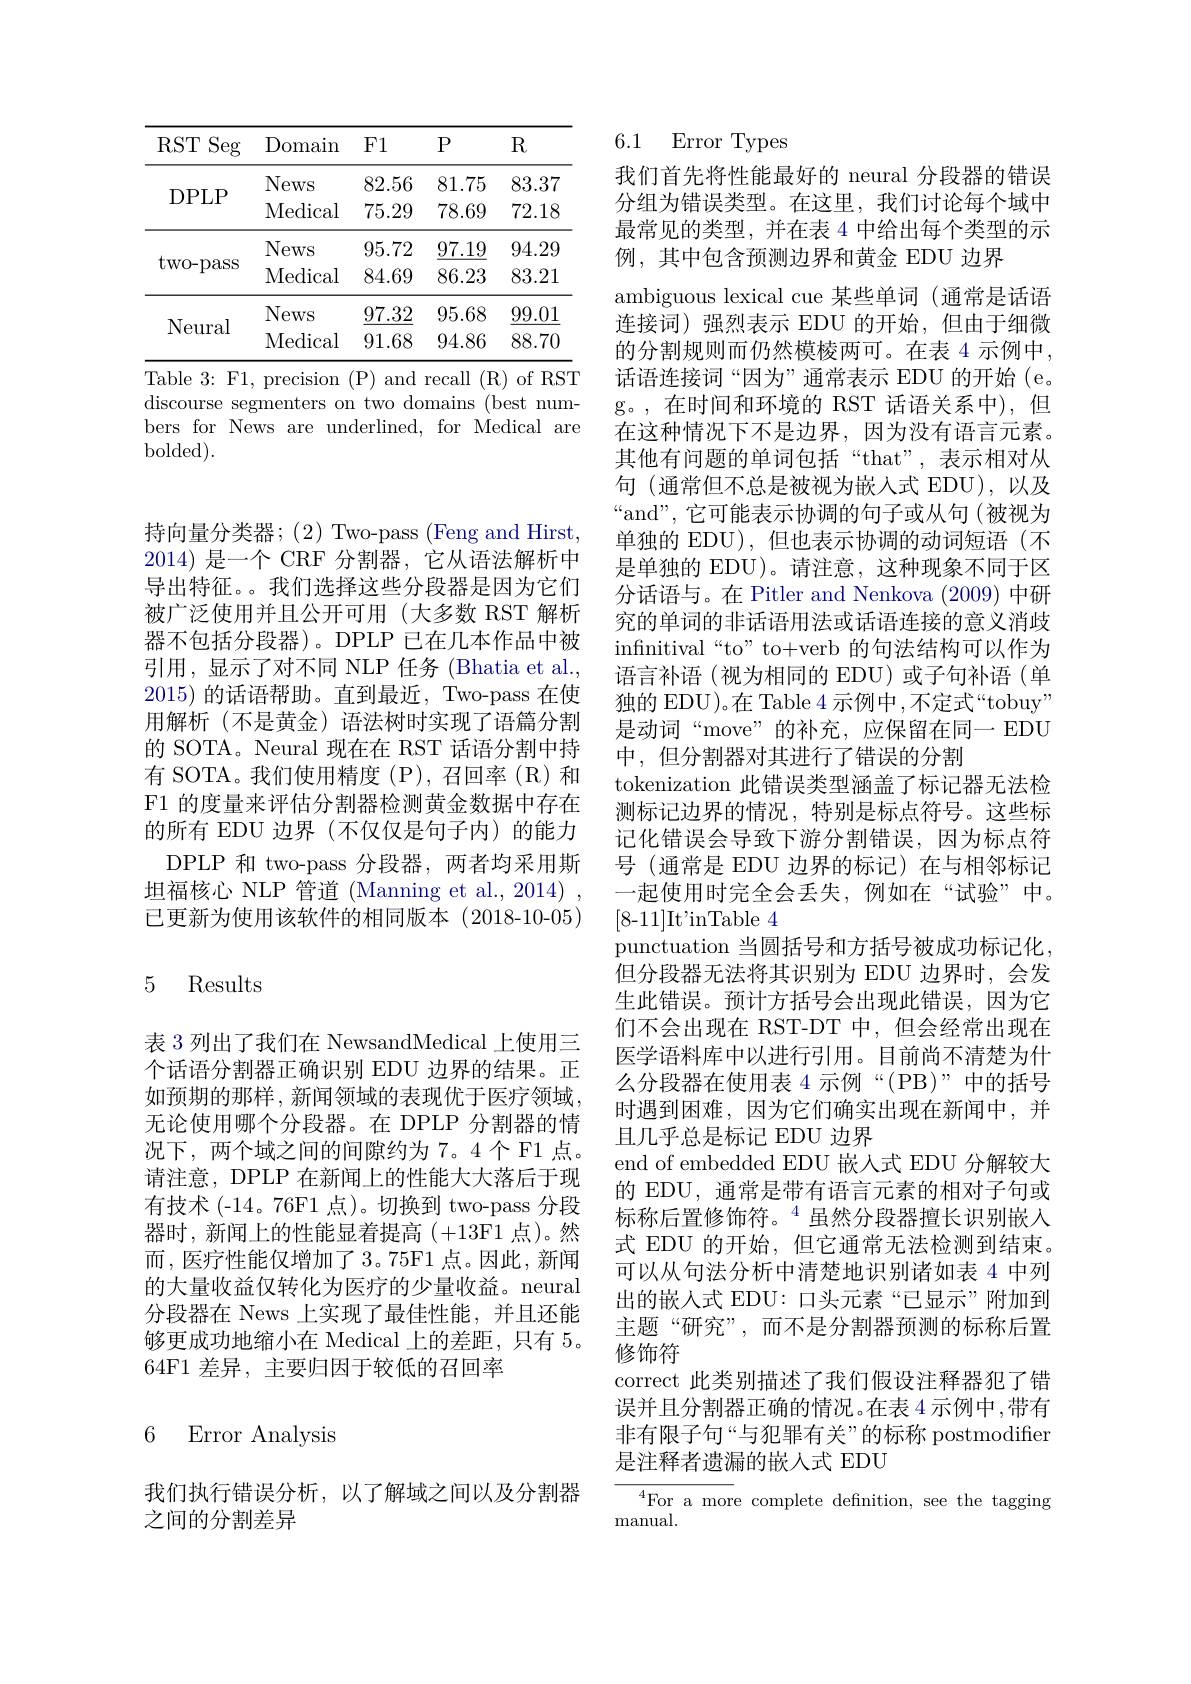
<table>
	<tbody>
		<tr>
			<th>RST Seg</th>
			<th>Domain</th>
			<th>$F1$</th>
			<th>$P$</th>
			<th>R</th>
		</tr>
		<tr>
			<td rowspan="2">DPLP</td>
			<td>News</td>
			<td>82.56</td>
			<td>81.75</td>
			<td>83.37</td>
		</tr>
		<tr>
			<td>Medical</td>
			<td>75.29</td>
			<td>78.69</td>
			<td>72.18</td>
		</tr>
		<tr>
			<td rowspan="2">two- pass</td>
			<td>News</td>
			<td>95.72</td>
			<td>$\underline{97.19}$</td>
			<td>94.29</td>
		</tr>
		<tr>
			<td>Medical</td>
			<td>84.69</td>
			<td>86.23</td>
			<td>83.21</td>
		</tr>
		<tr>
			<td rowspan="2">Neural</td>
			<td>News</td>
			<td>97.32</td>
			<td>95.68</td>
			<td>99.01</td>
		</tr>
		<tr>
			<td>Medical</td>
			<td>91.68</td>
			<td>94.86</td>
			<td>88.70</td>
		</tr>
	</tbody>
</table>

Table 3:F1, precision (P) and recall (R) of RST discourse segmenters on two domains (best numbers for News are underlined, for Medical are bolded).

持向量分类器；(2) Two-pass (Feng and Hirst, 2014) 是一个 CRF 分割器，它从语法解析中导出特征。。我们选择这些分段器是因为它们被广泛使用并且公开可用(大多数 RST 解析器不包括分段器)。DPLP 已在几本作品中被引用，显示了对不同 NLP 任务 (Bhatia et al., 2015)的话语帮助。直到最近，Two-pass 在使用解析(不是黄金)语法树时实现了语篇分割的 SOTA。Neural 现在在 RST 话语分割中持有 SOTA。我们使用精度 (P), 召回率 (R) 和F1 的度量来评估分割器检测黄金数据中存在的所有 EDU 边界(不仅仅是句子内)的能力
DPLP 和 two-pass 分段器，两者均采用斯坦福核心 NLP 管道 (Manning et al., 2014) 已更新为使用该软件的相同版本(2018-10-05)

## 5 Results

表 3 列出了我们在 NewsandMedical 上使用三个话语分割器正确识别 EDU 边界的结果。正如预期的那样，新闻领域的表现优于医疗领域， 无论使用哪个分段器。在 DPLP 分割器的情况下，两个域之间的间隙约为 7。4个 F1 点。请注意，DPLP 在新闻上的性能大大落后于现有技术 (-14。76F1 点)。切换到 two-pass 分段器时，新闻上的性能显着提高(+13F1 点)。然而，医疗性能仅增加了3。75F1点。因此，新闻的大量收益仅转化为医疗的少量收益。neural 分段器在 News 上实现了最佳性能，并且还能够更成功地缩小在 Medical 上的差距，只有 5。64F1 差异，主要归因于较低的召回率

6 Error Analysis

我们执行错误分析，以了解域之间以及分割器
之间的分割差异

6.1 Error Types

我们首先将性能最好的 neural 分段器的错误分组为错误类型。在这里，我们讨论每个域中最常见的类型，并在表 4 中给出每个类型的示例，其中包含预测边界和黄金 EDU 边界
ambiguous lexical cue 某些单词 (通常是话语连接词)强烈表示 EDU 的开始，但由于细微的分割规则而仍然模棱两可。在表 4 示例中， 话语连接词“因为”通常表示 EDU 的开始(e。g。,在时间和环境的 RST 话语关系中),但在这种情况下不是边界，因为没有语言元素。其他有问题的单词包括“that”,表示相对从句 (通常但不总是被视为嵌人式 EDU),以及“and”,它可能表示协调的句子或从句(被视为单独的 EDU),但也表示协调的动词短语(不是单独的 EDU)。请注意，这种现象不同于区分话语与。在 Pitler and Nenkova (2009) 中研究的单词的非话语用法或话语连接的意义消歧infinitival“to” to+verb 的句法结构可以作为语言补语(视为相同的 EDU)或子句补语(单独的 EDU)。在 Table 4 示例中 ,不定式“tobuy” 是动词“move”的补充，应保留在同一 EDU 中，但分割器对其进行了错误的分割
tokenization 此错误类型涵盖了标记器无法检测标记边界的情况，特别是标点符号。这些标记化错误会导致下游分割错误，因为标点符号 (通常是 EDU 边界的标记)在与相邻标记一起使用时完全会丢失，例如在“试验”中。[8-11]It'inTable 4
punctuation 当圆括号和方括号被成功标记化， 但分段器无法将其识别为 EDU 边界时，会发生此错误。预计方括号会出现此错误，因为它们不会出现在 RST-DT 中，但会经常出现在医学语料库中以进行引用。目前尚不清楚为什么分段器在使用表 4 示例“(PB)”中的括号时遇到困难，因为它们确实出现在新闻中，并且几乎总是标记 EDU 边界
end of embedded EDU 嵌入式 EDU 分解较大的 EDU, 通常是带有语言元素的相对子句或标称后置修饰符。$^{4}$虽然分段器擅长识别嵌入式 EDU 的开始，但它通常无法检测到结束。可以从句法分析中清楚地识别诸如表 4 中列出的嵌人式 EDU: 口头元素“已显示”附加到主题“研究”,而不是分割器预测的标称后置修饰符
correct 此类别描述了我们假设注释器犯了错误并且分割器正确的情况。在表 4 示例中 ,带有非有限子句“与犯罪有关”的标称 postmodifier 是注释者遗漏的嵌人式 EDU
${}^{4}$For a more complete defnition, see the tagging

manual.